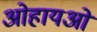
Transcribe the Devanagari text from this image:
ओहायओ